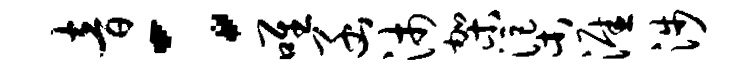
音：唯函沛架渠涯涉